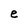
Character: e